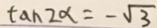
\tan 2 x = - \sqrt { 3 }